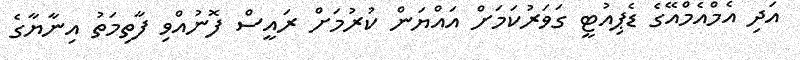
އަދި އެމްއެމްއޭގެ ޑެޕިއުޓީ ގަވަރުކަމަށް އައްޔަން ކުރުމަށް ރައީސް ފޮނުއްވި ފާތިމަތު އިނާޔާގެ